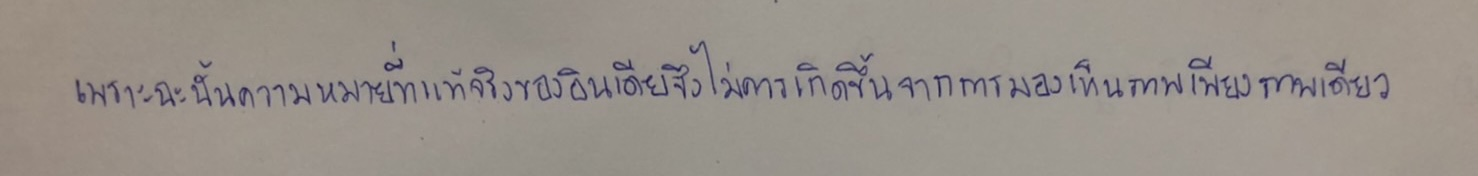
เพราะฉะนั้นความหมายที่แท้จริงของอินเดียจึงไม่ควรเกิดขึ้นจากการมองเห็นภาพเพียงภาพเดียว